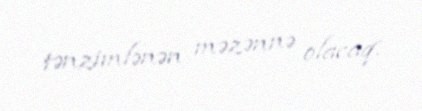
tənzimlənən məzənnə olacaq.